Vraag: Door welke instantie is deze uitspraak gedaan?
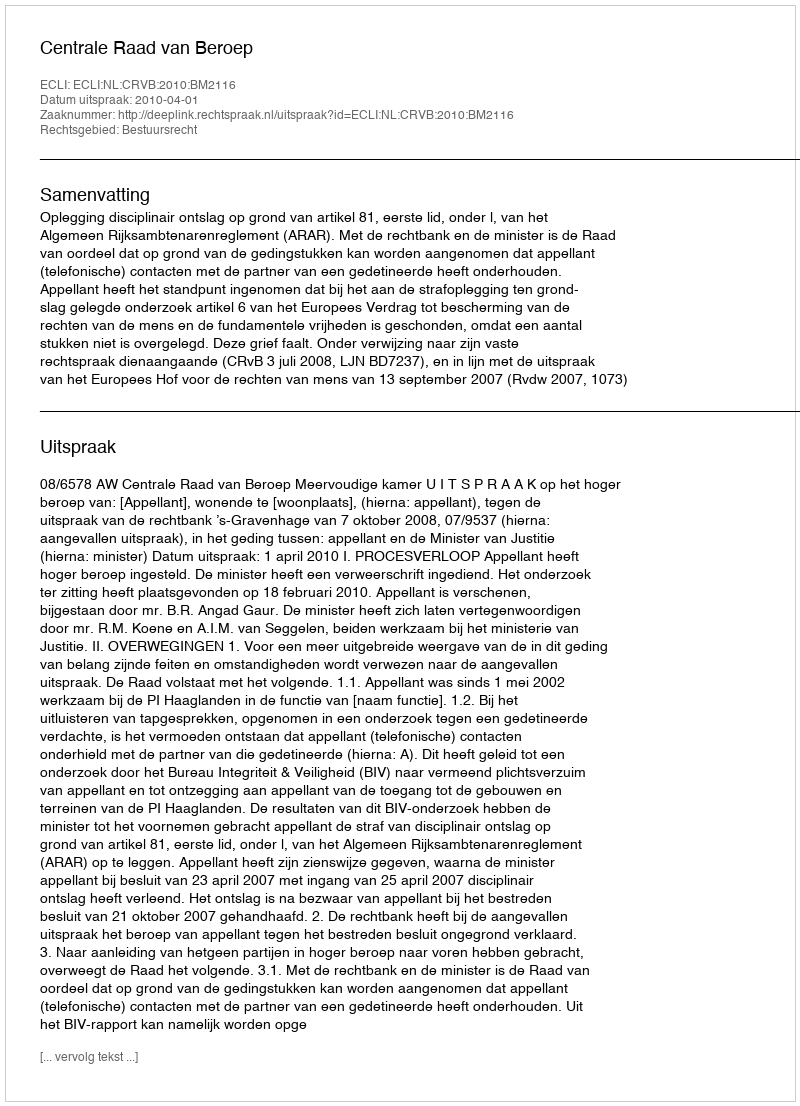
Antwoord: Centrale Raad van Beroep